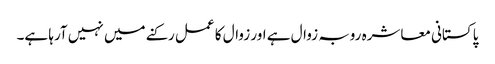
پاکستانی معاشرہ روبہ زوال ہے اور زوال کا عمل رکنے میں نہیں آرہا ہے۔